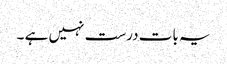
یہ بات درست نہیں ہے ۔